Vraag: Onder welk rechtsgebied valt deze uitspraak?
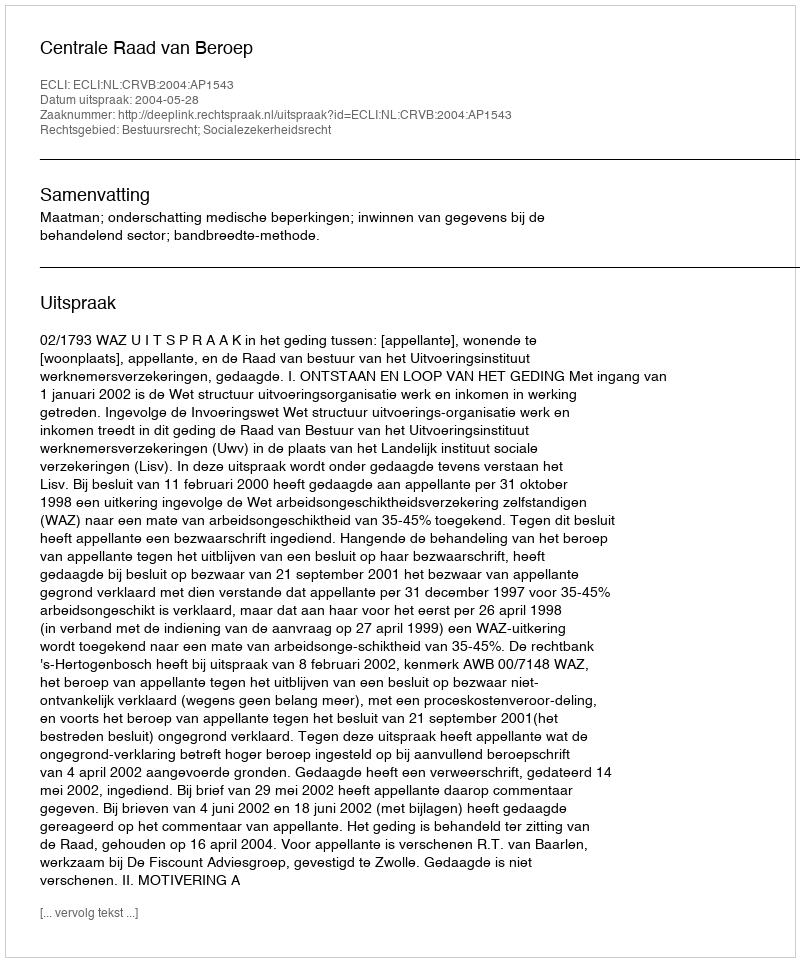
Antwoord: Bestuursrecht; Socialezekerheidsrecht